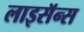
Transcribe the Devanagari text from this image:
लाइसॅन्स